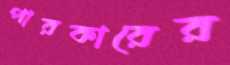
পারকারের